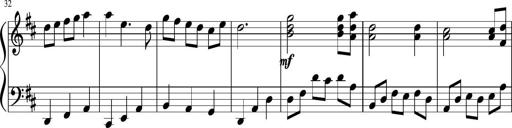
Title: Sonatine Nr.1 in C-Dur
Composer: DÃ©sirÃ©e Manns
Key: C major